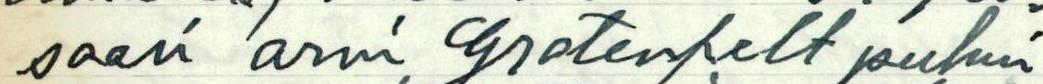
soori arvi Grotenfelt puhui